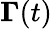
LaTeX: \boldsymbol{\Gamma}(t)